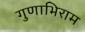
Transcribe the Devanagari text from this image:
गुणाभिराम